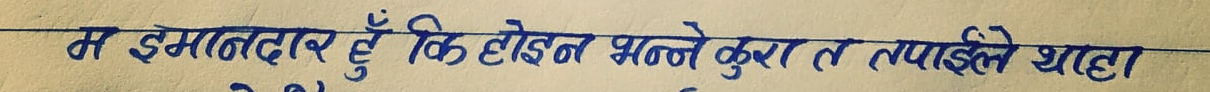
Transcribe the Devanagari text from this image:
म इमानदार हूँ कि होइन भन्ने कुरा त तपाईंले थाहा